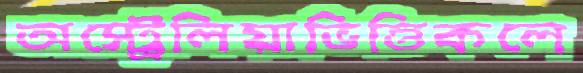
অস্ট্রেলিয়াভিত্তিকলে